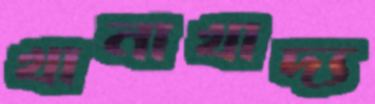
খানাখাদ্য